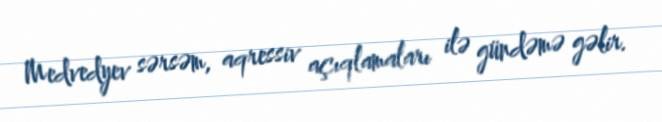
Medvedyev sərsəm, aqressiv açıqlamaları ilə gündəmə gəlir.